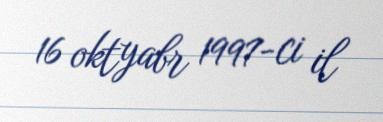
16 oktyabr 1997-ci il